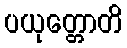
ပယုတ္တောတိ